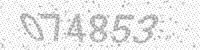
Solution: 074853